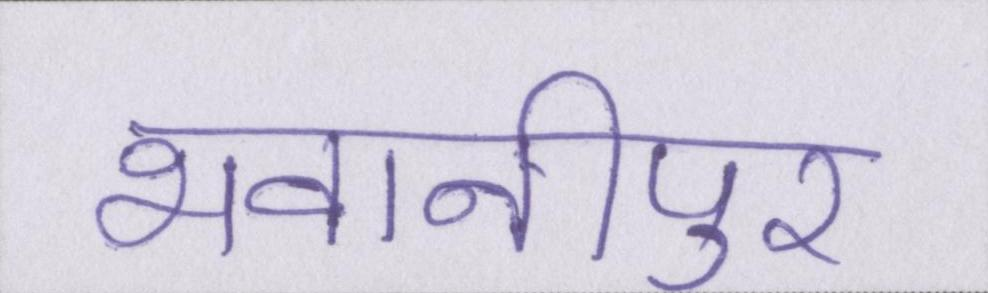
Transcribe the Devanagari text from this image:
भवानीपुर